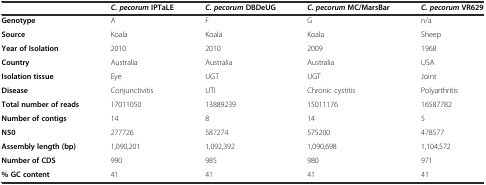
<table><thead><tr><td></td><td><b><i>C. pecorum</i>IPTaLE</b></td><td><b><i>C. pecorum</i>DBDeUG</b></td><td><b><i>C. pecorum</i>MC/MarsBar</b></td><td><b><i>C. pecorum</i>VR629</b></td></tr></thead><tbody><tr><td><b>Genotype</b></td><td>A</td><td>F</td><td>G</td><td>n/a</td></tr><tr><td><b>Source</b></td><td>Koala</td><td>Koala</td><td>Koala</td><td>Sheep</td></tr><tr><td><b>Year of Isolation</b></td><td>2010</td><td>2010</td><td>2009</td><td>1968</td></tr><tr><td><b>Country</b></td><td>Australia</td><td>Australia</td><td>Australia</td><td>USA</td></tr><tr><td><b>Isolation tissue</b></td><td>Eye</td><td>UGT</td><td>UGT</td><td>Joint</td></tr><tr><td><b>Disease</b></td><td>Conjunctivitis</td><td>UTI</td><td>Chronic cystitis</td><td>Polyarthritis</td></tr><tr><td><b>Total number of reads</b></td><td>17011050</td><td>13889239</td><td>15011176</td><td>16587782</td></tr><tr><td><b>Number of contigs</b></td><td>14</td><td>8</td><td>14</td><td>5</td></tr><tr><td><b>N50</b></td><td>277726</td><td>587274</td><td>575200</td><td>478577</td></tr><tr><td><b>Assembly length (bp)</b></td><td>1,090,201</td><td>1,092,392</td><td>1,090,698</td><td>1,104,572</td></tr><tr><td><b>Number of CDS</b></td><td>990</td><td>985</td><td>980</td><td>971</td></tr><tr><td><b>% GC content</b></td><td>41</td><td>41</td><td>41</td><td>41</td></tr></tbody></table>